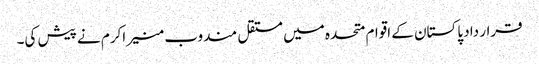
قرار داد پاکستان کے اقوام متحدہ میں مستقل مندوب منیر اکرم نے پیش کی۔